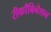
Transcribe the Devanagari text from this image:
रीकाँबिनेशन